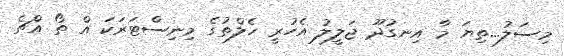
މިސަލު...ތިޔަ މާ އިނގުދޫ ޖަލީލު އެހުރީ ހެލްތުގެ މިނިސްޓަރަކަ އް ތޯ އްޗެ